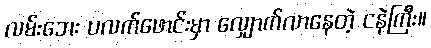
လမ်းဘေး ပလက်ဖောင်းမှာ လျှောက်လာနေတဲ့ ငနဲကြီး။